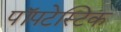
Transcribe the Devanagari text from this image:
पॉपटेस्टिक